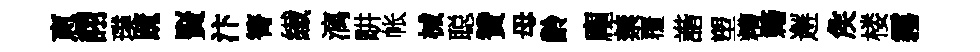
恵詡璞䟽賢汴箐纎漓畊帐械聪贊母齡龐禁覆諧塑糟籍邂矦楼霧